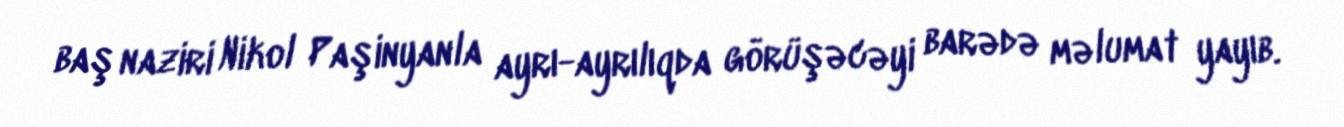
baş naziri Nikol Paşinyanla ayrı-ayrılıqda görüşəcəyi barədə məlumat yayıb.